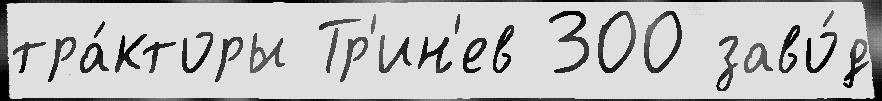
тра́кторы Тр'ин'ев 300 заво́д